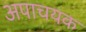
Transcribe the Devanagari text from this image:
अपाचयक